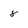
Character: 8